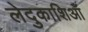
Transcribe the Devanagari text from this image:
लेदुकाशिआँ